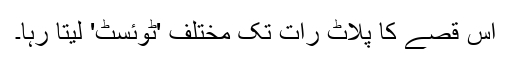
اس قصے کا پلاٹ رات تک مختلف 'ٹوئسٹ' لیتا رہا۔